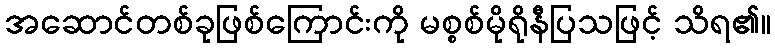
အဆောင်တစ်ခုဖြစ်ကြောင်းကို မစ္စစ်မိုရိုနီပြသဖြင့် သိရ၏။